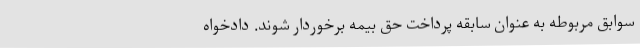
سوابق مربوطه به عنوان سابقه پرداخت حق بیمه برخوردار شوند. دادخواه